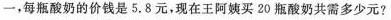
一，每瓶酸奶的价钱是5.8元，现在王阿姨买20瓶酸奶共需多少元？